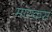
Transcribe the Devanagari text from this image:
मास्कस